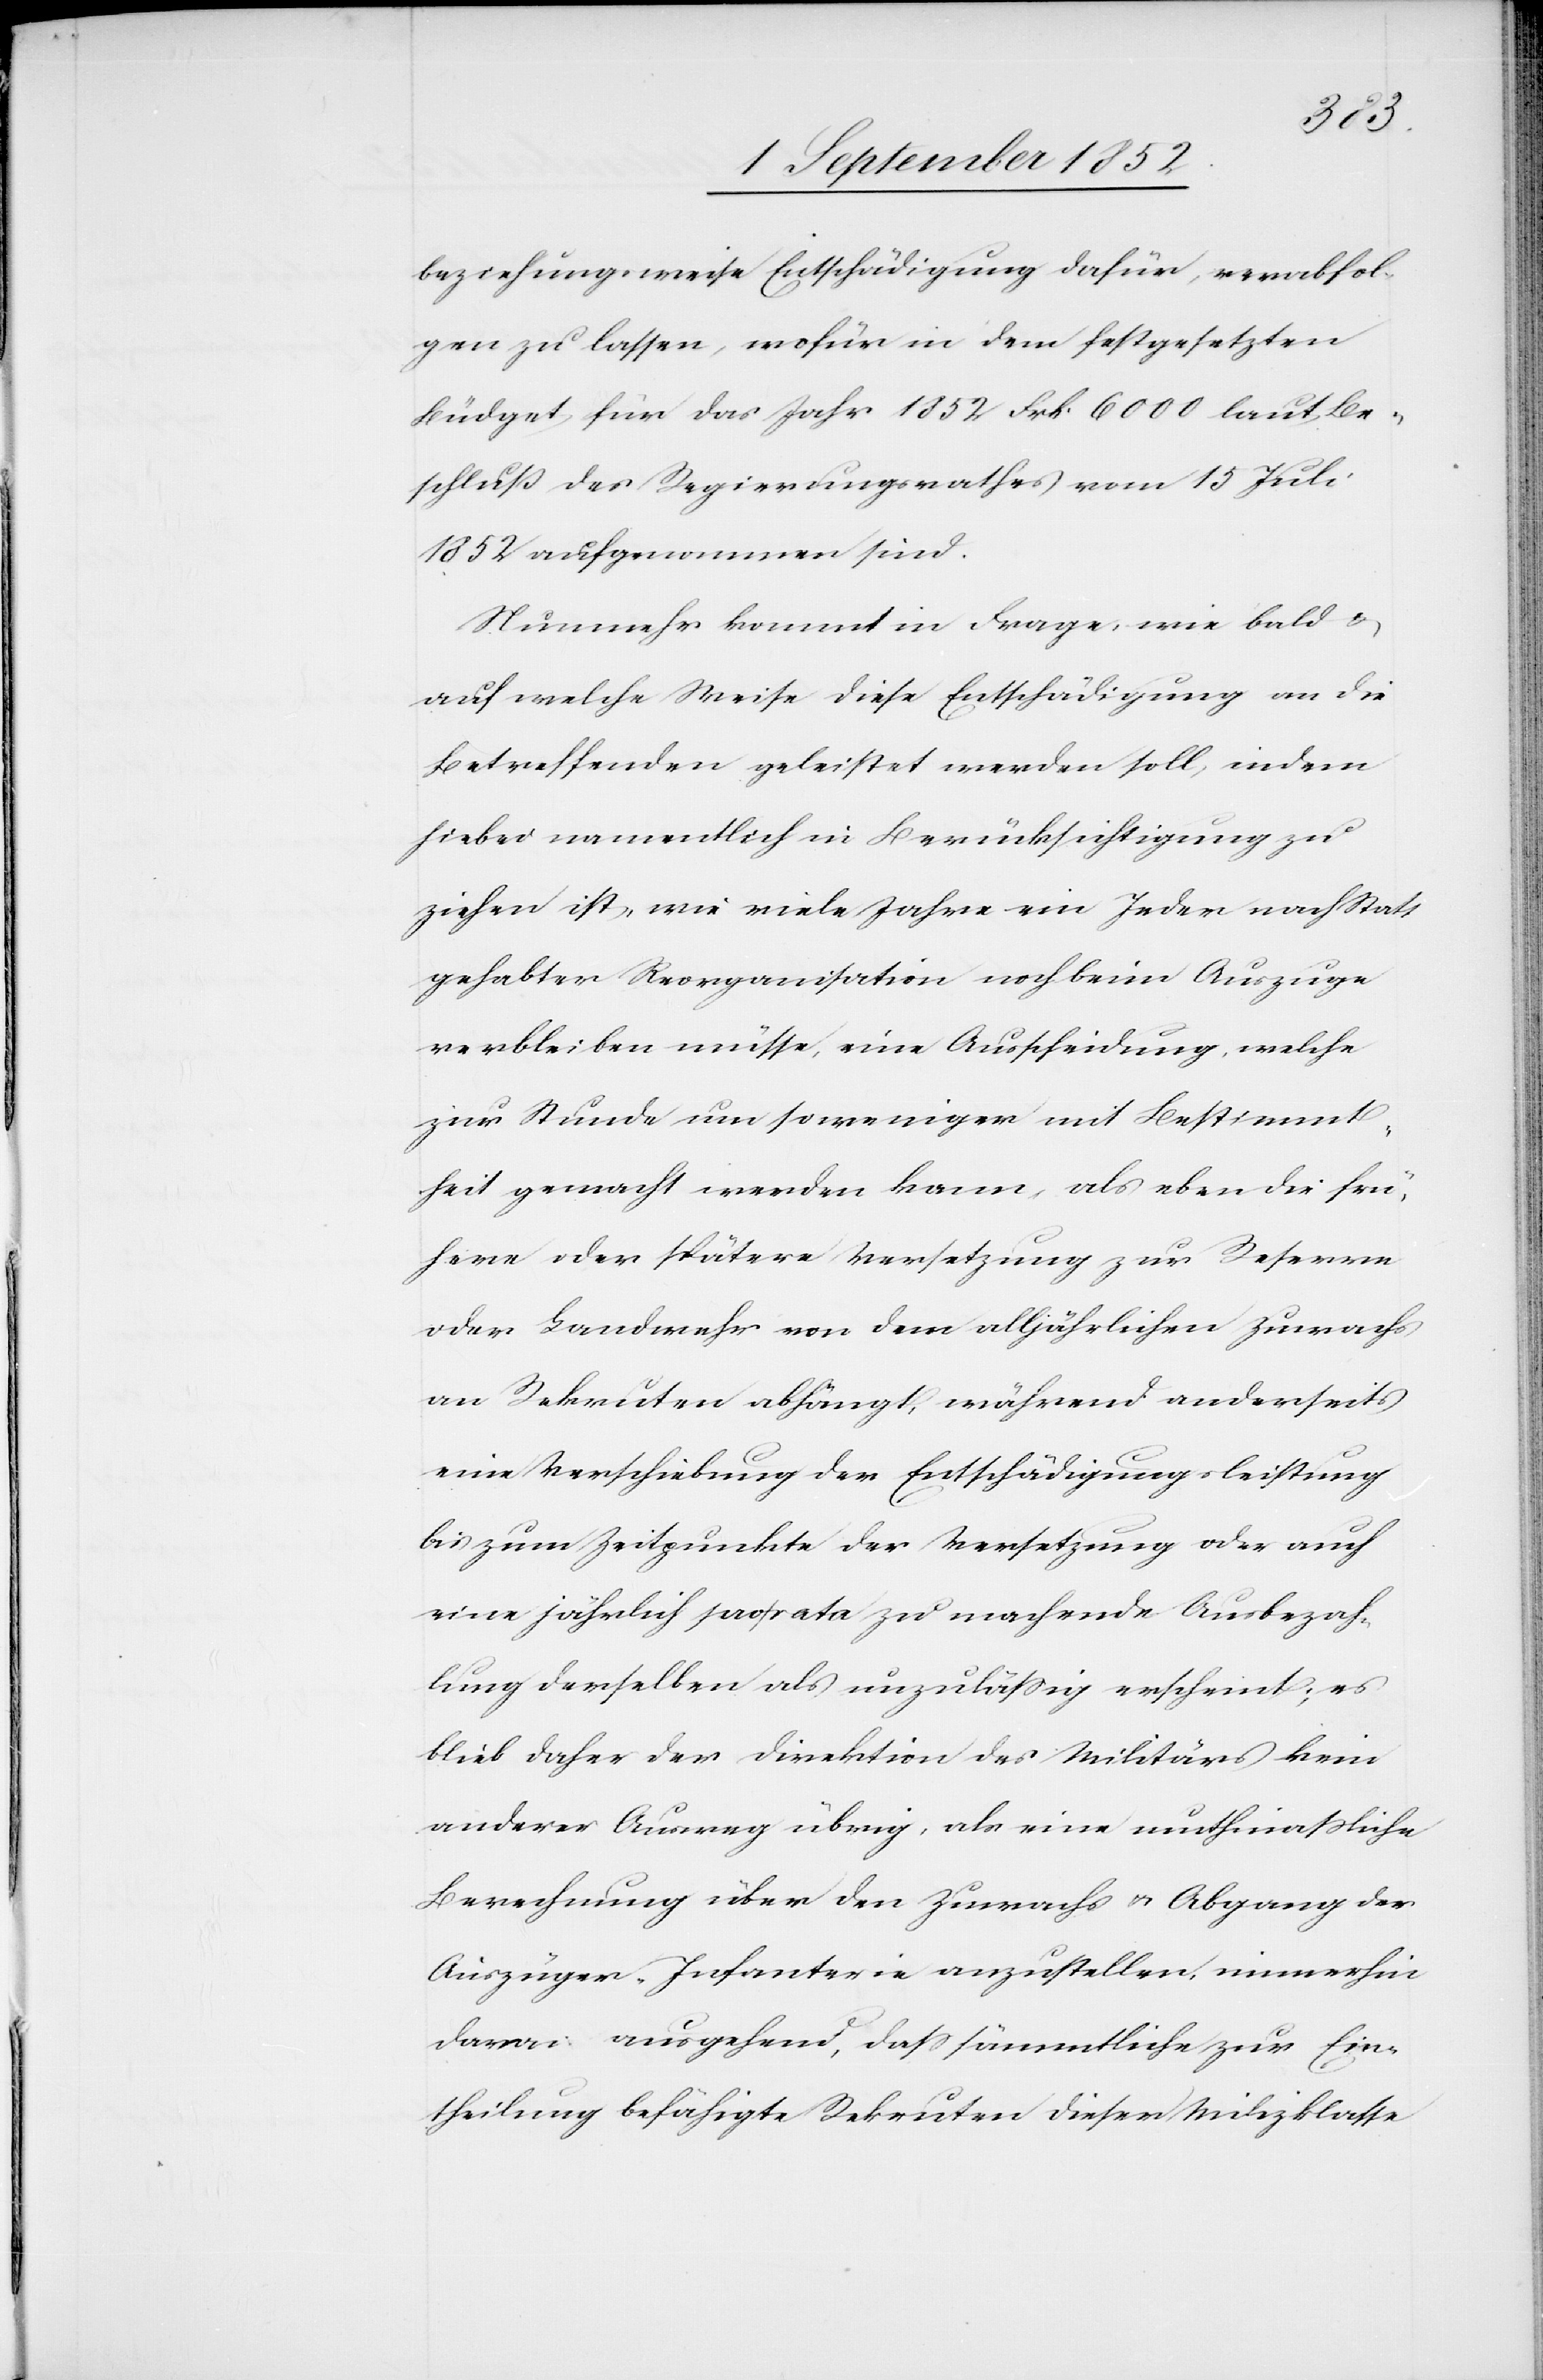
beziehungsweise Entschädigung dafür, verabfol¬
gen zu lassen, wofür in dem festgesetzten
Büdget für das Jahr 1852 Frk. 6000 laut Be¬
schluß des Regierungsrathes vom 15 Juli
1852 aufgenommen sind.
Nunmehr kommt in Frage, wie bald &
auf welche Weise diese Entschädigung an die
Betreffenden geleistet werden soll, indem
hiebei namentlich in Berücksichtigung zu
ziehen ist, wie viele Jahre ein Jeder nach Statt
gehabter Reorganisation noch beim Auszuge
verbleiben müsse, eine Ausscheidung, welche
zur Stunde um so weniger mit Bestimmt¬
heit gemacht werden kann, als eben die frü¬
here oder spätere Versetzung zur Reserve
oder Landwehr von dem alljährlichen Zuwachs
an Rekruten abhängt, während anderseits
eine Verschiebung der Entschädigungsleistung
bis zum Zeitpunkte der Versetzung oder auch
eine jährlich pro rata zu machende Ausbezah¬
lung derselben als unzulässig erscheint; es
blieb daher der Direktion des Militärs kein
anderer Ausweg übrig, als eine muthmaßliche
Berechnung über den Zuwachs & Abgang der
Auszüger-Infanterie anzustellen, immerhin
davon ausgehend, dass sämmtliche zur Ein¬
theilung befähigte Rekruten dieser Milizklasse